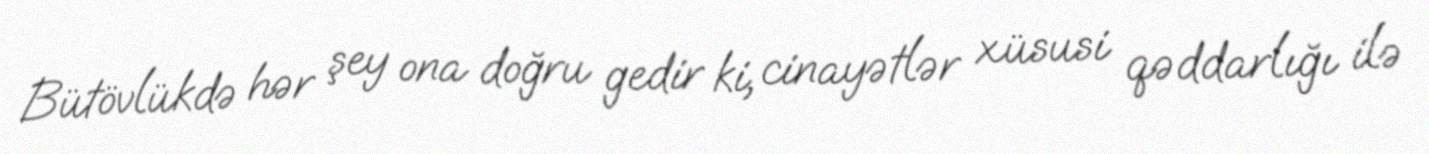
Bütövlükdə hər şey ona doğru gedir ki, cinayətlər xüsusi qəddarlığı ilə